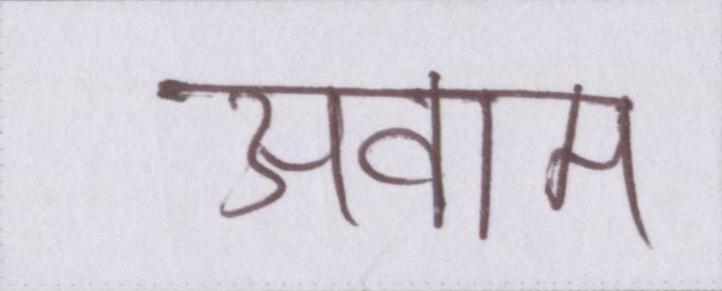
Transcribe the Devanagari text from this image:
अवाम